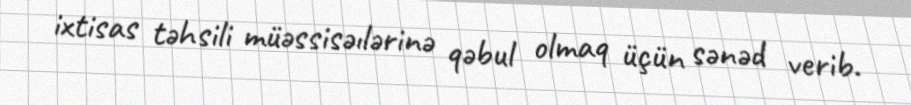
ixtisas təhsili müəssisəılərinə qəbul olmaq üçün sənəd verib.